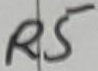
Text: R5